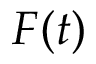
F ( t )